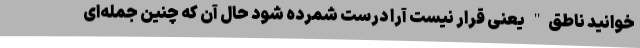
خوانید ناطق" یعنی قرار نیست آرا درست شمرده شود حال آ‌ن که چنین جمله‌ای